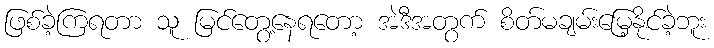
ဖြစ်ခဲ့ကြရတာ သူ မြင်တွေ့နေရတော့ အဲဒီအတွက် စိတ်မချမ်းမြေ့နိုင်ခဲ့ဘူး